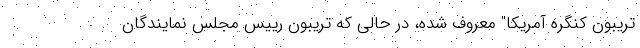
تریبون کنگره آمریکا" معروف شده، در حالی که تریبون رییس مجلس نمایندگان